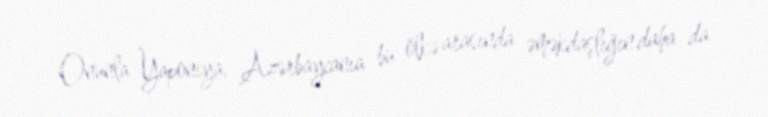
Onunla Yaponiya, Azərbaycanıa bu ölkə arasında əməkdaşlığın daha da